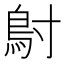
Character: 𬶾